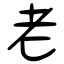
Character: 老